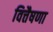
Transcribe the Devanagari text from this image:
वित्तैषणा